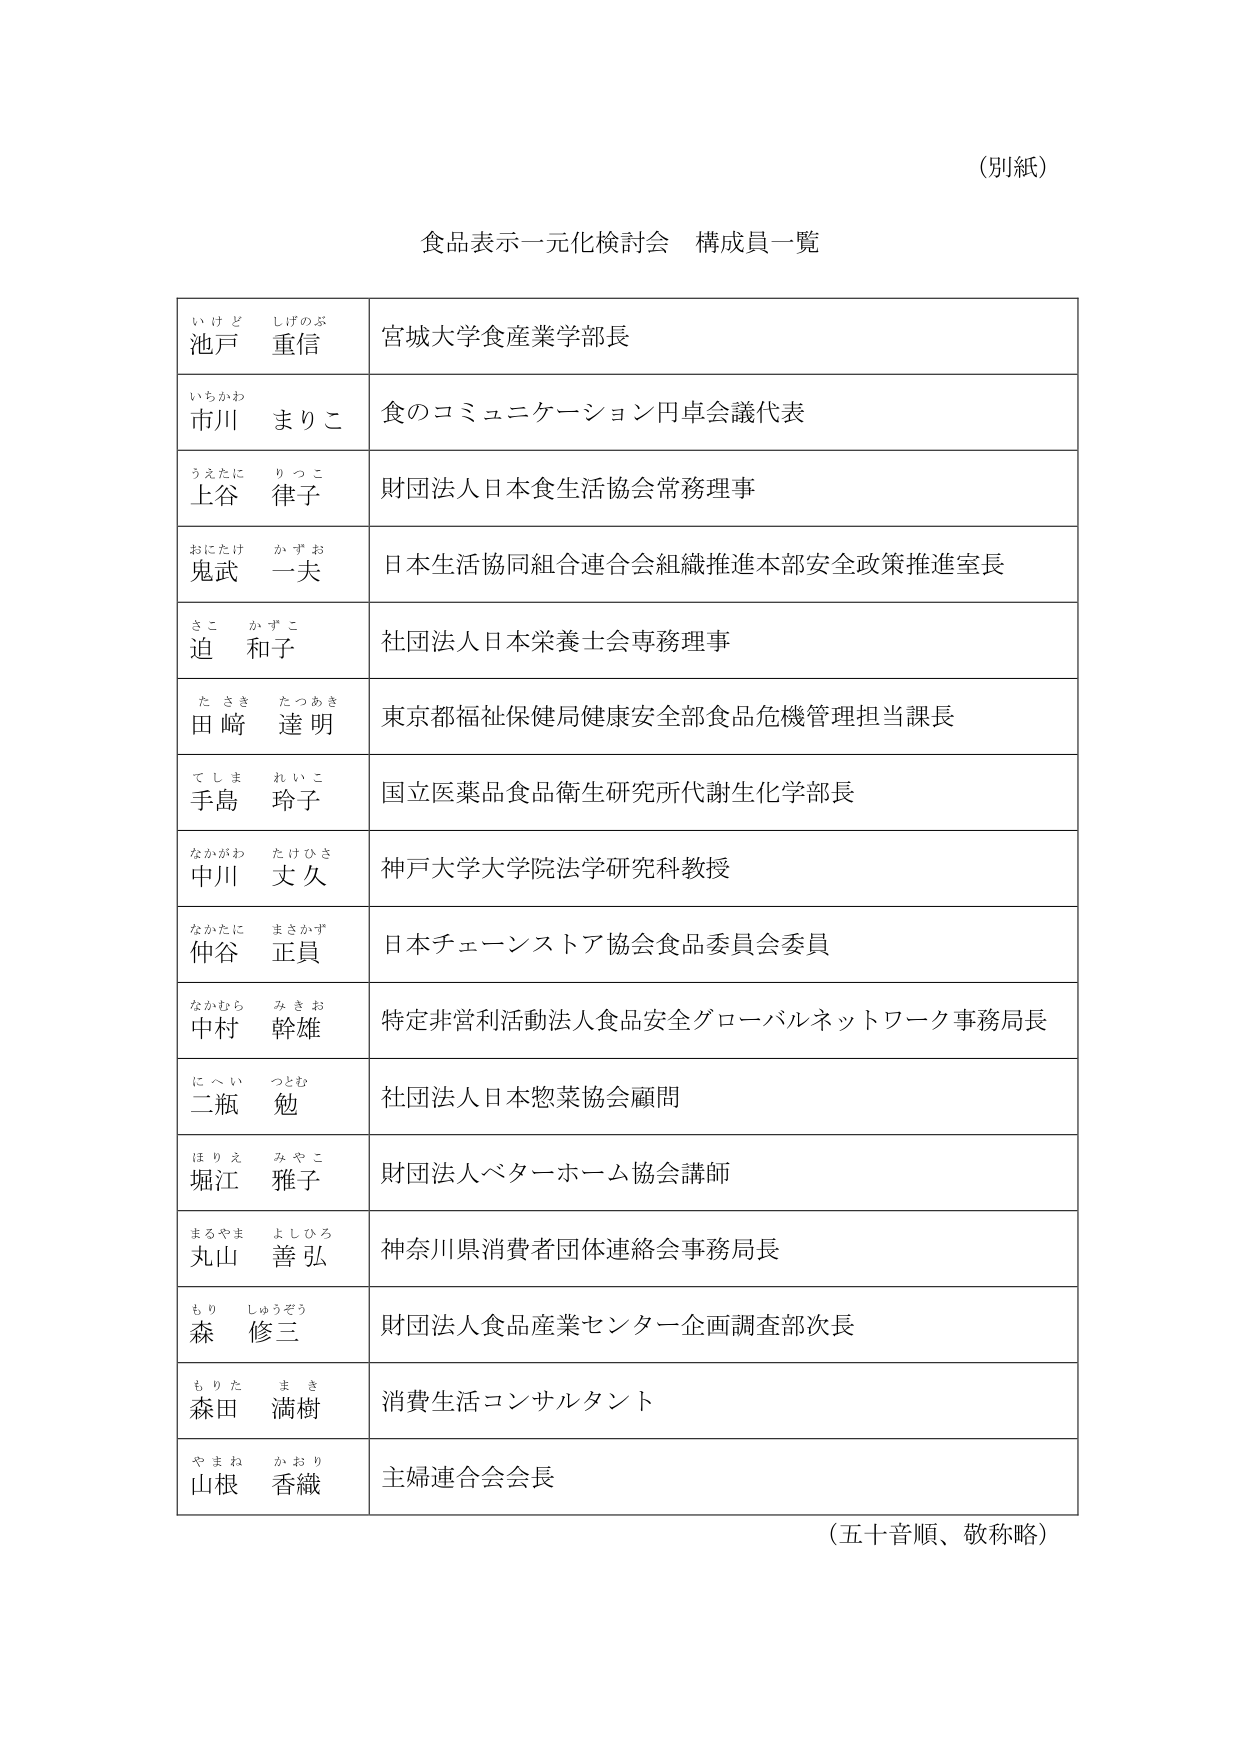
（別紙）

食品表示一元化検討会 構成員一覧

い け ど しげのぶ
池戸 重信
宮城大学食産業学部長

いちかわ まりこ
市川 まりこ
食のコミュニケーション円卓会議代表

うえたに りっこ
上谷 律子
財団法人日本食生活協会常務理事

おにたけ かずお
鬼武 一夫
日本生活協同組合連合会組織推進本部安全政策推進室長

さこ かずこ
迫 和子
社団法人日本栄養士会専務理事

た さ き たつあき
田﨑 達明
東京都福祉保健局健康安全部食品危機管理担当課長

て し ま れ い こ
手島 玲子
国立医薬品食品衛生研究所代謝生化学部長

なかがわ たけひさ
中川 丈久
神戸大学大学院法学研究科教授

なかたに まさかず
仲谷 正員
日本チェーンストア協会食品委員会委員

なかむら み き お
中村 幹雄
特定非営利活動法人食品安全グローバルネットワーク事務局長

に へ い つとむ
二瓶 勉
社団法人日本惣菜協会顧問

ほりえ みやこ
堀江 雅子
財団法人ベターホーム協会講師

まるやま よしひろ
丸山 善弘
神奈川県消費者団体連絡会事務局長

もり しゅうぞう
森 修三
財団法人食品産業センター企画調査部次長

もりた ま き
森田 満樹
消費生活コンサルタント

やまね かおり
山根 香織
主婦連合会会長

（五十音順、敬称略）